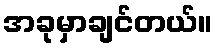
အခုမှာချင်တယ်။